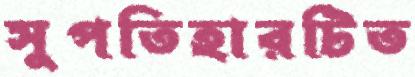
সুপতিহারটিত